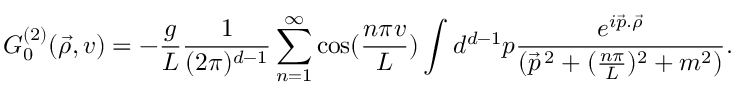
G _ { 0 } ^ { ( 2 ) } ( \vec { \rho } , v ) = - \frac { g } { L } \frac { 1 } { ( 2 \pi ) ^ { d - 1 } } \sum _ { n = 1 } ^ { \infty } \cos ( \frac { n \pi v } { L } ) \int d ^ { d - 1 } p \frac { e ^ { i \vec { p } . \vec { \rho } } } { ( \vec { p } ^ { \, 2 } + ( \frac { n \pi } { L } ) ^ { 2 } + m ^ { 2 } ) } .